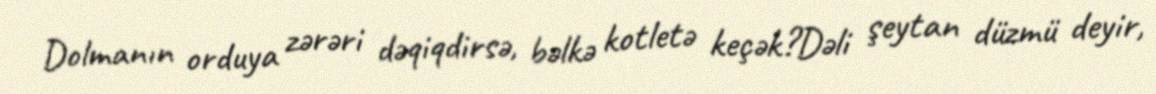
Dolmanın orduya zərəri dəqiqdirsə, bəlkə kotletə keçək?Dəli şeytan düzmü deyir,